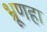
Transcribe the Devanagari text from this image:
भ्रूणहा